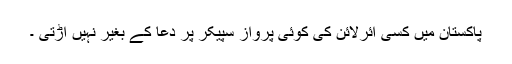
پاکستان میں کسی ائرلائن کی کوئی پرواز سپیکر پر دعا کے بغیر نہیں اڑتی ۔